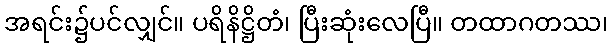
အရင်း၌ပင်လျှင်။ ပရိနိဋ္ဌိတံ၊ ပြီးဆုံးလေပြီ။ တထာဂတဿ၊